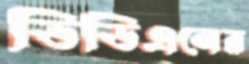
ডিডিএনের